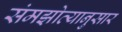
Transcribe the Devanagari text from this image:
संमझोत्यानुसार